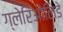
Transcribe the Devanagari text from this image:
ग्लेरिओलिडे